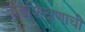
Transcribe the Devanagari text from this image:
जोडशिक्षणाची